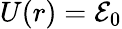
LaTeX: U(r)={\cal{E}}_{0}